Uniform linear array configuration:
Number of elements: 8
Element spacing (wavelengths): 1
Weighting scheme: cosine
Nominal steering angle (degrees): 60
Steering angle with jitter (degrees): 61.177
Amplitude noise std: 0.05
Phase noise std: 0.05

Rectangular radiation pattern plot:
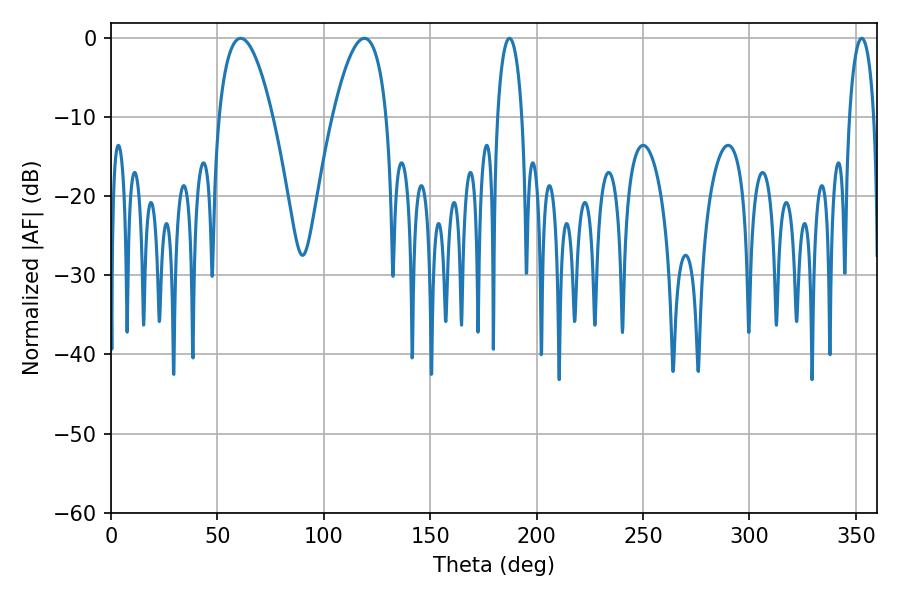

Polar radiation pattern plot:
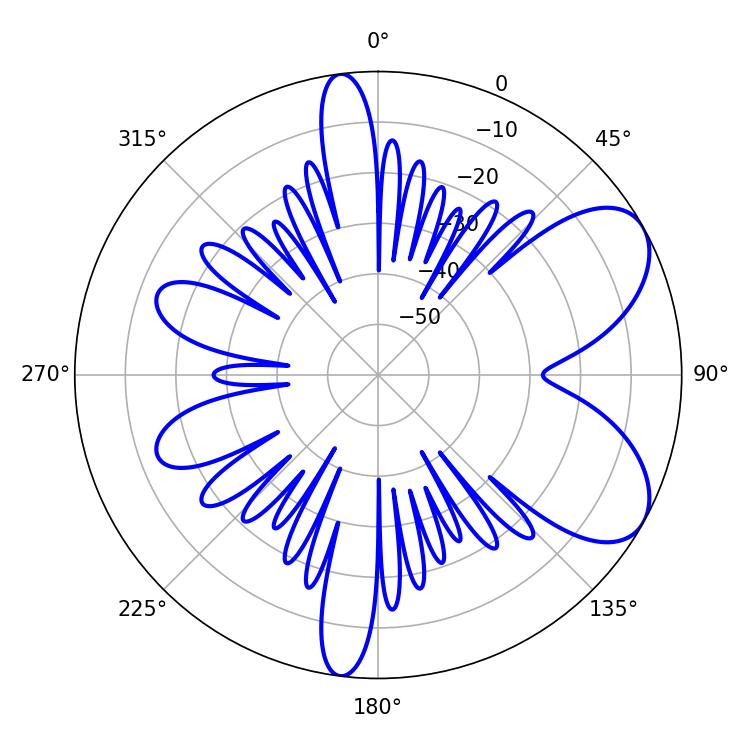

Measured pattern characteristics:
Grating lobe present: TRUE
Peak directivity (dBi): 6.86
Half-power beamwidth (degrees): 6.66
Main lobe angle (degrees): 187.2